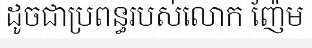
ដូចជាប្រពន្ធរបស់លោក ញ៉ែម